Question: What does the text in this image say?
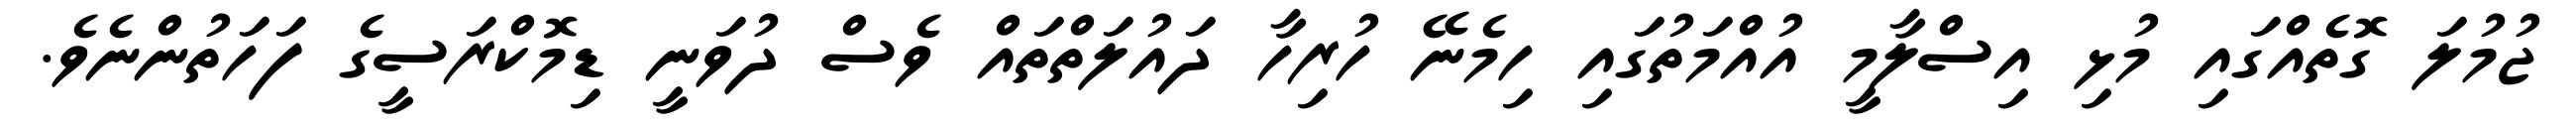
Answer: ޖުމުލަ ގޮތެއްގައި މުޅި އިސްލާމީ އުއްމަތުގައި ހިމެނޭ ހުރިހާ ދައުލަތްތައް ވެސް ދުވަނީ ޑިމޮކްރަސީގެ ފަހަތުންނެވެ.